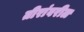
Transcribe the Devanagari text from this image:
तीरांवरील